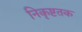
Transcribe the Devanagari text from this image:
निकृष्टतक